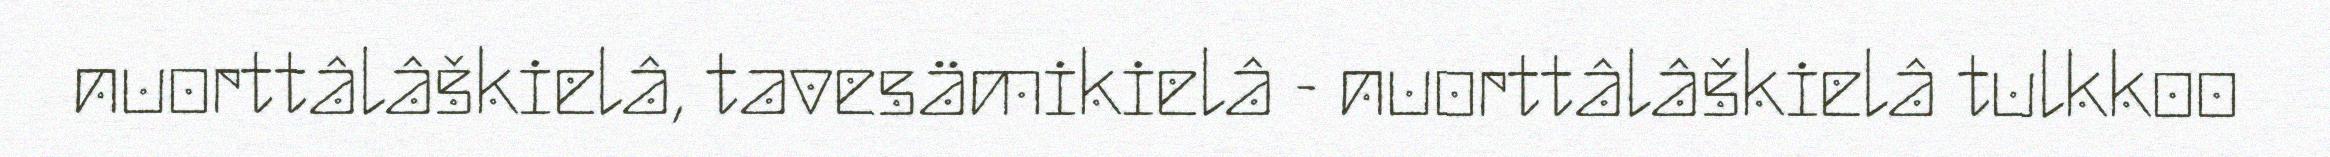
nuorttâlâškielâ, tavesämikielâ - nuorttâlâškielâ tulkkoo